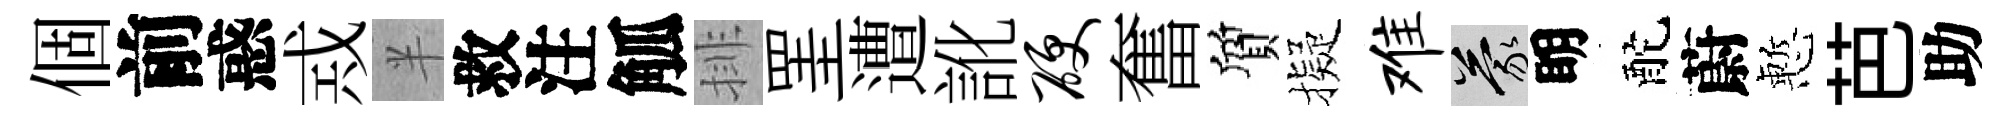
個前惑𢦶半救注觚排罣遭訛硬奮質擬难蒙眀酡蔚慙芭助